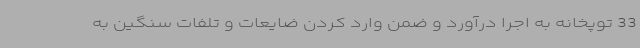
33 توپخانه به اجرا درآورد و ضمن وارد کردن ضایعات و تلفات سنگین به